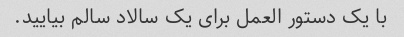
با یک دستور العمل برای یک سالاد سالم بیایید.